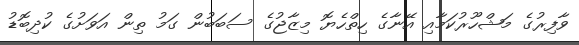
ވާފިރުގެ މަޝްހޫރުކަމާއި އޭނާގެ ހިތްހެޔޮ މިޒާޖުގެ ސަބަބުން ގަމު ތިން އަވަށުގެ ކުދިބޮޑު